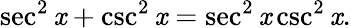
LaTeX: \sec^{2}\mathit{x}+\csc^{2}\mathit{x}=\sec^{2}\mathit{x}\csc^{2}\mathit{x}.